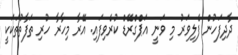
ދާދިފަހުން ފެލިވަރު މި ވަނީ އަޕްގްރޭޑް ކުރެވިފައި. އޭރާ މިހާރާ ހުރި ތަފާތުތަކަކީ